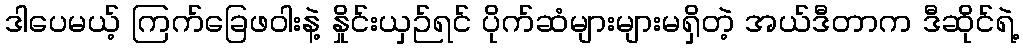
ဒါပေမယ့် ကြက်ခြေဖဝါးနဲ့ နှိုင်းယှဉ်ရင် ပိုက်ဆံများများမရှိတဲ့ အယ်ဒီတာက ဒီဆိုင်ရဲ့